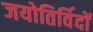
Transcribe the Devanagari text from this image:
जयोतिर्विदों